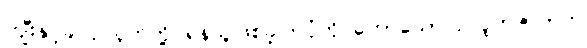
ကျီးနှင့်ခင်ပုပ်ငှက်တို့ ရန်သူဖြစ်ခဲ့ကြပုံကို ဟောသော ဥလူကဇာတက